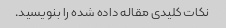
نکات کلیدی مقاله داده شده را بنویسید.